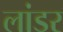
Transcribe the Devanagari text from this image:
लांडर